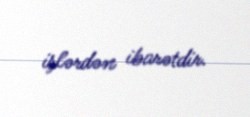
işlərdən ibarətdir.